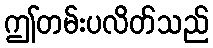
ဤတမ်းပလိတ်သည်